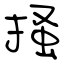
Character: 掻